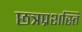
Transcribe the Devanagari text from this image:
छत्रप्रशस्ति